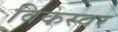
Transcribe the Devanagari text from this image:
विकस्वर